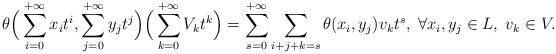
LaTeX: \begin{align*}\theta\Big(\sum_{i=0}^{+\infty}x_it^{i},\sum_{j=0}^{+\infty}y_jt^{j}\Big)\Big(\sum_{k=0}^{+\infty}V_kt^{k}\Big)=\sum_{s=0}^{+\infty}\sum_{i+j+k=s}\theta(x_i,y_j)v_kt^{s},\;\forall x_i,y_j\in L,\;v_k\in V.\end{align*}